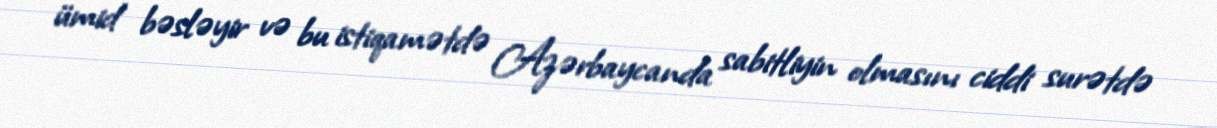
ümid bəsləyir və bu istiqamətdə Azərbaycanda sabitliyin olmasını ciddi surətdə